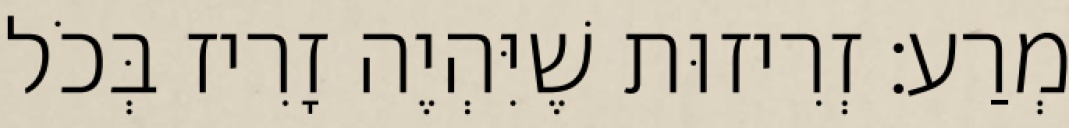
מְרַע: זְרִיזוּת שֶׁיִּהְיֶה זָרִיז בְּכֹל